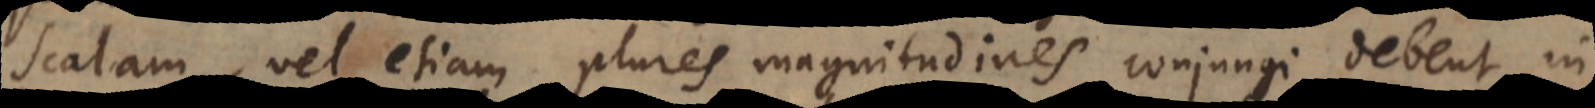
scalam, vel etiam plures magnitudines conjungi Am